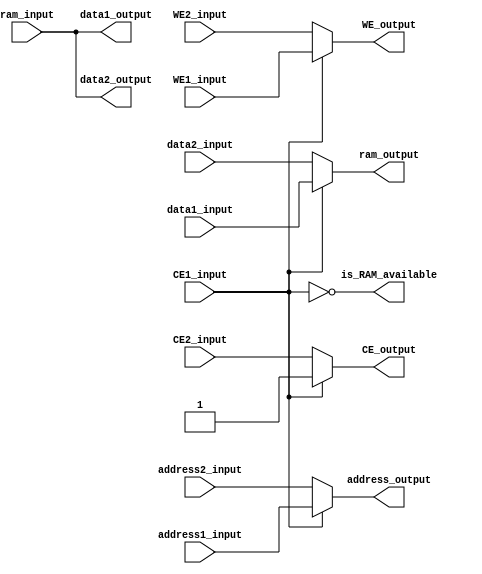
//////////////////////////////////////////////////////////////////////////////////
// Module Name: Prio_RAM_Encoder
// Description: Generic RAM for multiple purposes
//////////////////////////////////////////////////////////////////////////////////

`timescale 1ns / 1ps

module Prio_RAM_Encoder 
#(
    parameter DATA_WIDTH = 8,
    parameter ADDRESS_WIDTH = 16
)(
    input WE1_input, WE2_input,
    input CE1_input, CE2_input,
    input[ADDRESS_WIDTH-1:0] address1_input, address2_input,
    input[DATA_WIDTH-1:0] data1_input, data2_input, ram_input,
    output[DATA_WIDTH-1:0] data1_output, data2_output, ram_output,
    output WE_output,
    output CE_output,
    output[ADDRESS_WIDTH-1:0] address_output,
    output is_RAM_available
);

    assign data1_output = ram_input;
    assign data2_output = ram_input;
    assign ram_output = CE1_input ? data1_input : data2_input;
    
    assign WE_output = CE1_input ? WE1_input : WE2_input;
    assign CE_output = CE1_input ? CE1_input : CE2_input;
    assign address_output = CE1_input ? address1_input : address2_input;
        
    assign is_RAM_available = !CE1_input;

endmodule